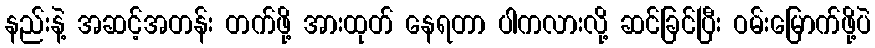
နည်းနဲ့ အဆင့်အတန်း တက်ဖို့ အားထုတ် နေရတာ ပါကလားလို့ ဆင်ခြင်ပြီး ဝမ်းမြောက်ဖို့ပဲ